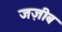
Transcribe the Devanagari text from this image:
जज़ीब